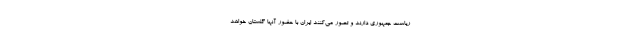
ریاست جمهوری دارند و تصور می‌کنند ایران با حضور آنها گلستان خواهد